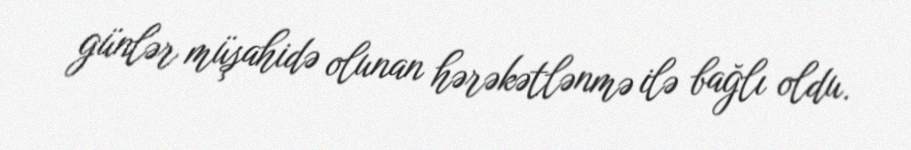
günlər müşahidə olunan hərəkətlənmə ilə bağlı oldu.